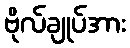
ဗိုလ်ချုပ်အား